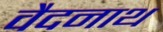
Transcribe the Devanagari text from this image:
वैदनाथ